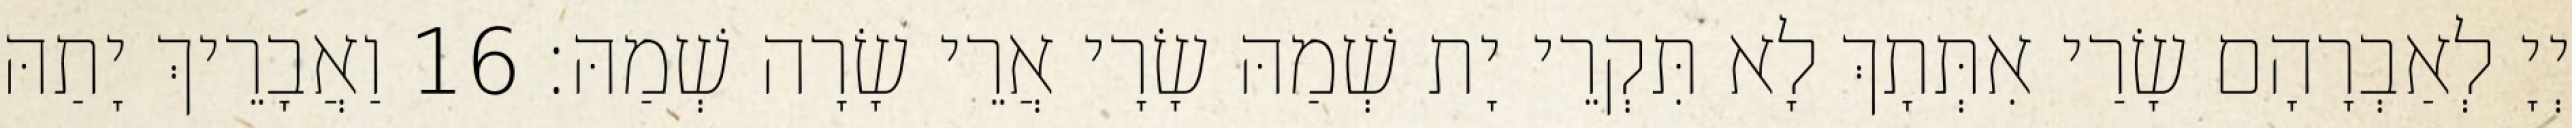
יְיָ לְאַבְרָהָם שָׂרַי אִתְּתָךְ לָא תִּקְרֵי יָת שְׁמַהּ שָׂרָי אֲרֵי שָׂרָה שְׁמַהּ׃ 16 וַאֲבָרֵיךְ יָתַהּ